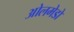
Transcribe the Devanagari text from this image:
ओलमेडो